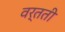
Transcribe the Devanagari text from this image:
वर्तती